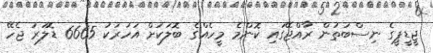
ޖީޑީޕީގެ ނިސްބަތުން ރާއްޖޭގައި ކޮންމެ މީހެއްގެ ބޮލަކަށް އަހަރަކު 6665 ޑޮލަރު ޖެހޭ